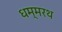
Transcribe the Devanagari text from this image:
धम्मरथ